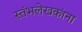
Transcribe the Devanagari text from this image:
स्तंभलेखकांना